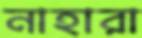
নাহারা